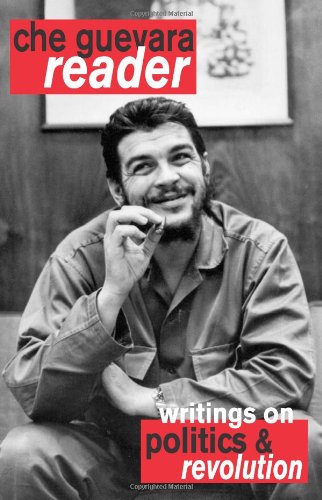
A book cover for Che Guevara Reader: Writings on Politics & Revolution; Ernesto Che Guevara; History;